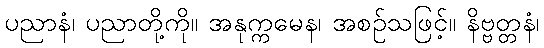
ပညာနံ၊ ပညာတို့ကို။ အနုက္ကမေန၊ အစဉ်သဖြင့်။ နိဗ္ဗတ္တနံ၊